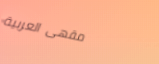
مقهى العربية